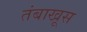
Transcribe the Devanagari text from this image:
तंबाखूस